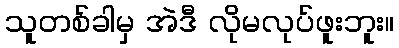
သူတစ်ခါမှ အဲဒီ လိုမလုပ်ဖူးဘူး။